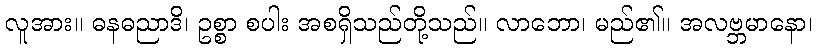
လူအား။ ဓနဓညာဒိ၊ ဥစ္စာ စပါး အစရှိသည်တို့သည်။ လာဘော၊ မည်၏။ အလဗ္ဘမာနော၊